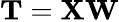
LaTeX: \mathbf{T}=\mathbf{X}\mathbf{W}